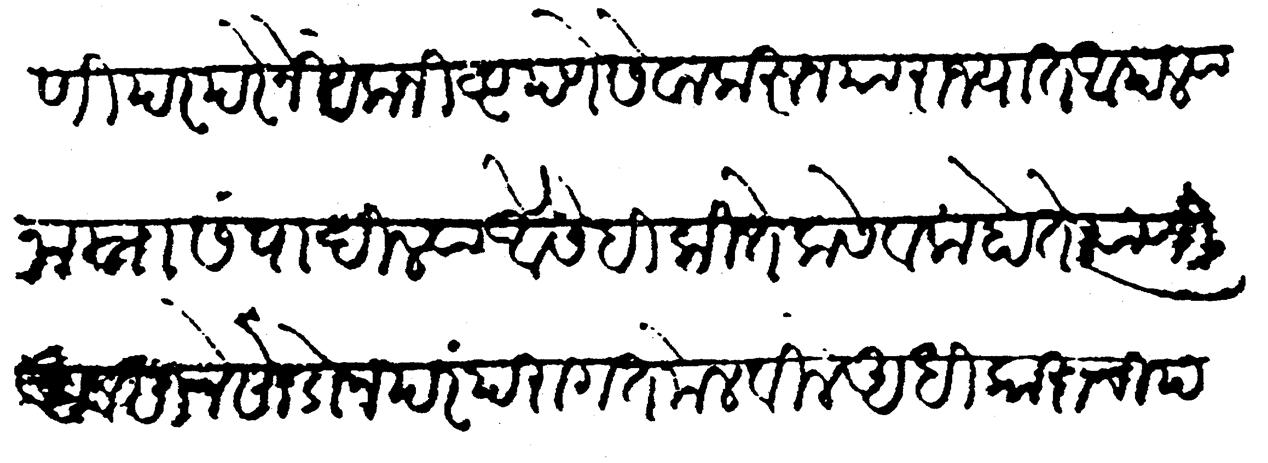
Transliteration (Devanagari): ज्यांणी परंपरेने यकनिष्ठपणे सेवा करून या राज्यात आपल्या नाम्ना संपादिल्या ऐसीही कितेक सेवक होते त्याणी अवसाने सोडून परंपरागत मेलवीले अधिकाराची परिच्छिन्न